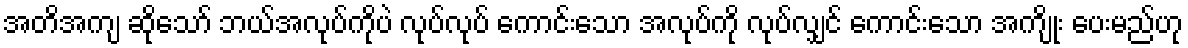
အတိအကျ ဆိုသော် ဘယ်အလုပ်ကိုပဲ လုပ်လုပ် ကောင်းသော အလုပ်ကို လုပ်လျှင် ကောင်းသော အကျိုး ပေးမည်ဟု